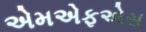
એમએફએસ